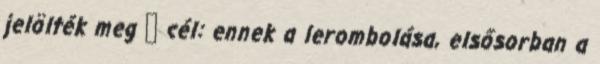
jelölték meg  cél: ennek a lerombolása, elsősorban a